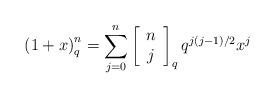
LaTeX: \begin{align*}\left( {1 + x} \right)_q^n = \sum\limits_{j = 0}^n {\left[{\begin{array}{*{20}c} n \\ j \\\end{array}} \right]_q q^{j\left( {j - 1} \right)/2} x^j }\end{align*}